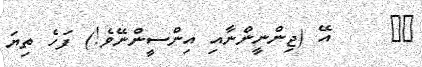
١٣     އޭ (ޖިންނީންނާއި އިންސީންނޭވެ!) ފަހެ ތިޔަ